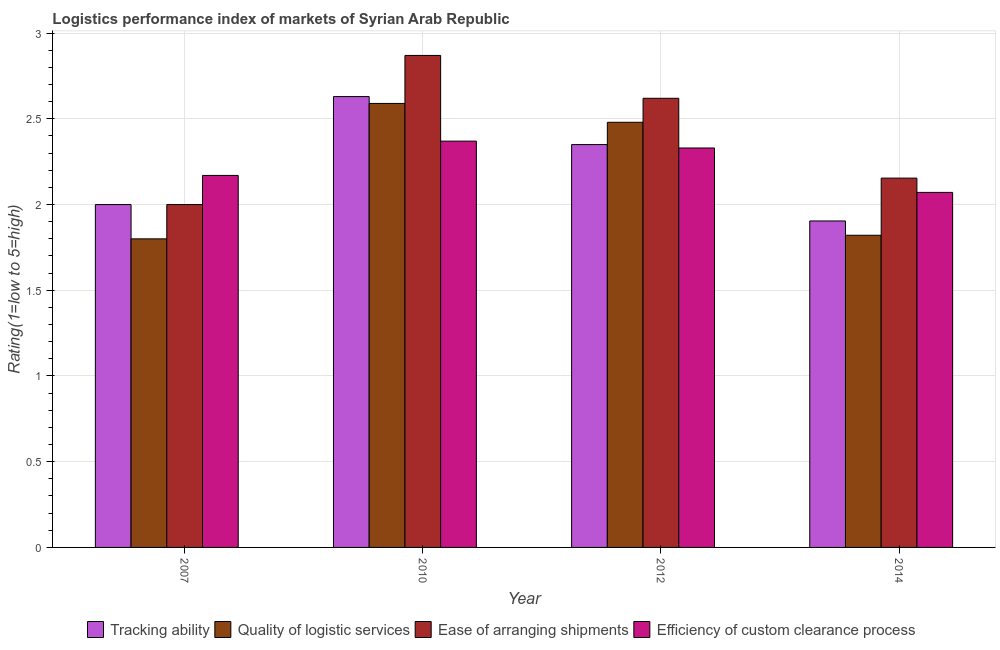
| Year | Tracking ability | Quality of logistic services | Ease of arranging shipments | Efficiency of custom clearance process |
 | --- | --- | --- | --- | --- |
 | 2007 | 2 | 1.8 | 2 | 2.17 |
 | 2010 | 2.63 | 2.59 | 2.87 | 2.37 |
 | 2012 | 2.35 | 2.48 | 2.62 | 2.33 |
 | 2014 | 1.9 | 1.82 | 2.15 | 2.07 |